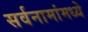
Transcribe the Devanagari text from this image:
सर्वनामांमध्ये